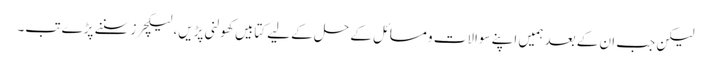
لیکن جب ان کے بعد ہمیں اپنے سوالات و مسائل کے حل کے لیے کتابیں کھولنی پڑیں، لیکچرز سننے پڑے تب۔